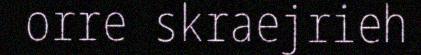
orre skraejrieh